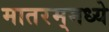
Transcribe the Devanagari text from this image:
मातरम्‌मध्ये